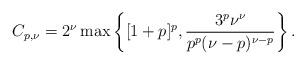
LaTeX: \begin{align*}C_{p,\nu} = 2^{\nu} \max \left\{ [1+p]^p, \frac{3^p \nu^\nu}{p^p(\nu-p)^{\nu-p}}\right\}.\end{align*}